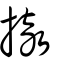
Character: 撤